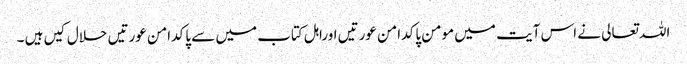
اللہ تعالی نے اس آیت میں مومن پاکدامن عورتیں اوراہل کتاب میں سے پاکدامن عورتیں حلال کیں ہیں ۔